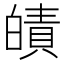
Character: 皟